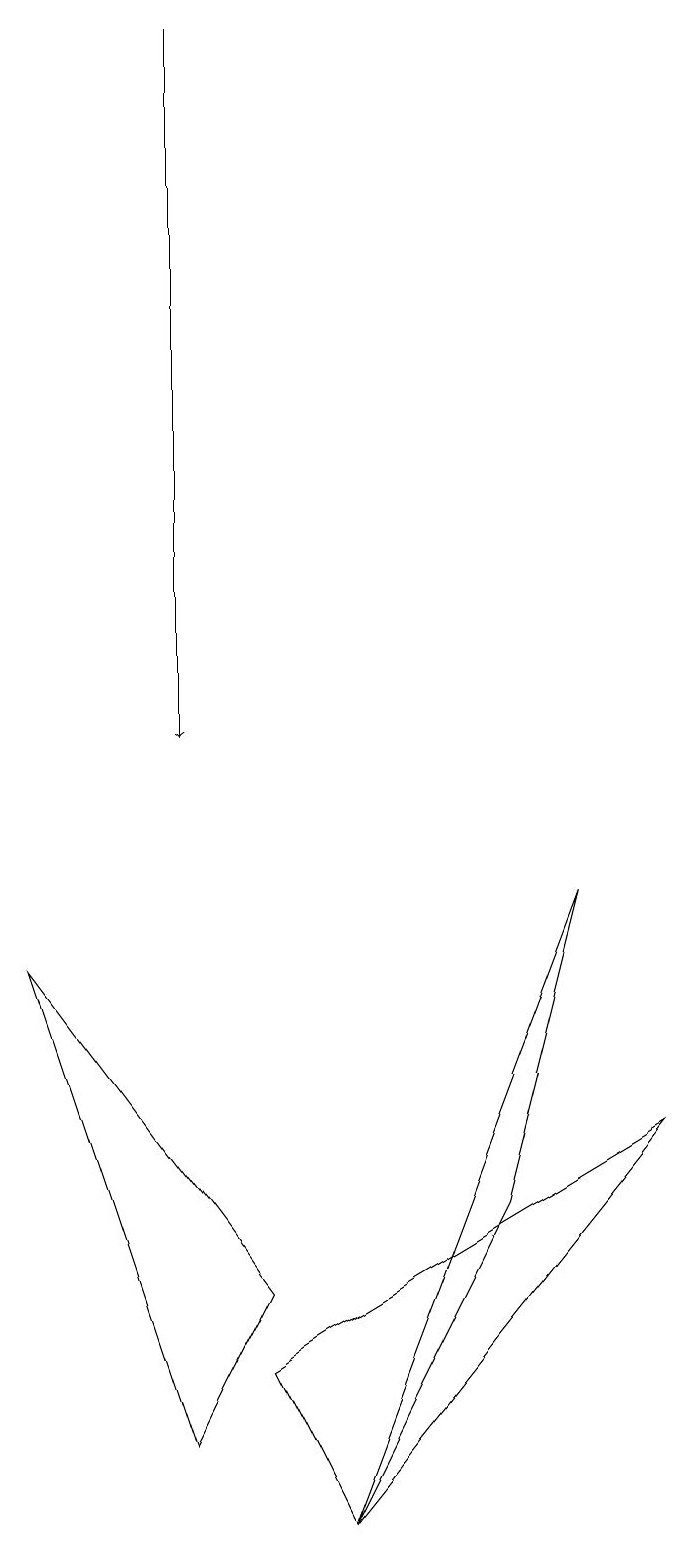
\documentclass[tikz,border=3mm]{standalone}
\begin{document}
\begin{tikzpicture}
\draw (3,3) -- (2,1) -- (0,7) -- cycle;
\draw (7,8) -- (4,0) -- (6,4) -- cycle;
\draw[->] (2,19) -- (2,10);
\draw (8,5) -- (4,0) -- (3,2) -- cycle;
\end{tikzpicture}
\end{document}